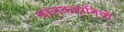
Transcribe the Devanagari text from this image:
बालकहानियों